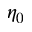
\eta _ { 0 }